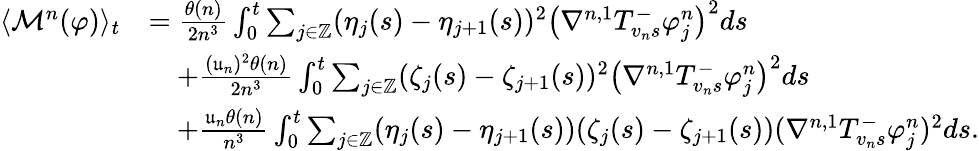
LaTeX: \begin{array}{rl}{\langle\mathcal{M}^{n}(\varphi)\rangle_{t}}&{=\frac{\theta(n)}{2n^{3}}\int_{0}^{t}\sum_{j\in\mathbb{Z}}(\eta_{j}(s)-\eta_{j+1}(s))^{2}\big(\nabla^{n,1}T_{v_{n}s}^{-}\varphi_{j}^{n}\big)^{2}ds}\\ &{\quad+\frac{(\mathfrak{u}_{n})^{2}\theta(n)}{2n^{3}}\int_{0}^{t}\sum_{j\in\mathbb{Z}}(\zeta_{j}(s)-\zeta_{j+1}(s))^{2}\big(\nabla^{n,1}T_{v_{n}s}^{-}\varphi_{j}^{n}\big)^{2}ds}\\ &{\quad+\frac{\mathfrak{u}_{n}\theta(n)}{n^{3}}\int_{0}^{t}\sum_{j\in\mathbb{Z}}(\eta_{j}(s)-\eta_{j+1}(s))(\zeta_{j}(s)-\zeta_{j+1}(s))(\nabla^{n,1}T_{v_{n}s}^{-}\varphi_{j}^{n})^{2}ds.}\end{array}